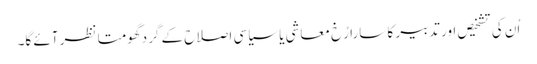
اُن کی تشخیص اور تدبیر کا سارا رُخ معاشی یا سیاسی اصلاح کے گرد گھومتا نظر آئے گا۔